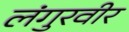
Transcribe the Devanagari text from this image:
लंगुरवीर